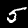
Digit: 5